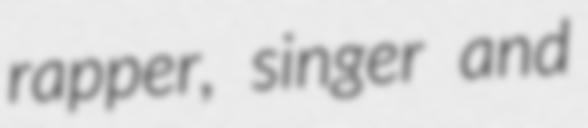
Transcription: rapper, singer and